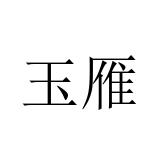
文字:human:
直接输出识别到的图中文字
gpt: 玉雁